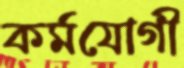
কর্মযোগী